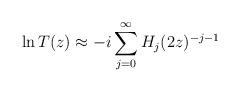
LaTeX: \begin{align*} \ln T(z) \approx -i \sum_{j=0}^{\infty} H_{j}(2z)^{-j-1}\end{align*}